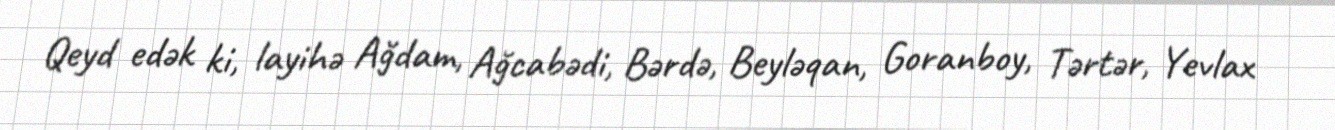
Qeyd edək ki, layihə Ağdam, Ağcabədi, Bərdə, Beyləqan, Goranboy, Tərtər, Yevlax